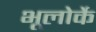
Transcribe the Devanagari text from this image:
भूलोर्के